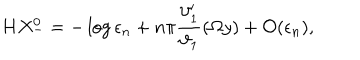
H X _ { - } ^ { 0 } = - \log \epsilon _ { n } + n \pi \frac { \vartheta _ { 1 } ^ { \prime } } { \vartheta _ { 1 } } ( \Omega y ) + { \cal O } ( \epsilon _ { n } ) ,